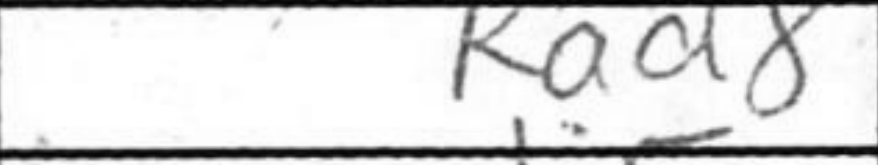
Transcription: Rad8